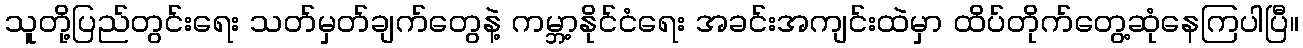
သူတို့ပြည်တွင်းရေး သတ်မှတ်ချက်တွေနဲ့ ကမ္ဘာ့နိုင်ငံရေး အခင်းအကျင်းထဲမှာ ထိပ်တိုက်တွေ့ဆုံနေကြပါပြီ။